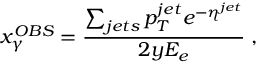
x _ { \gamma } ^ { O B S } = \frac { \sum _ { j e t s } p _ { T } ^ { j e t } e ^ { - \eta ^ { j e t } } } { 2 y E _ { e } } \; ,